Calcutta medical institutions reports 1879-81 [i.e.91]
Year: 1879
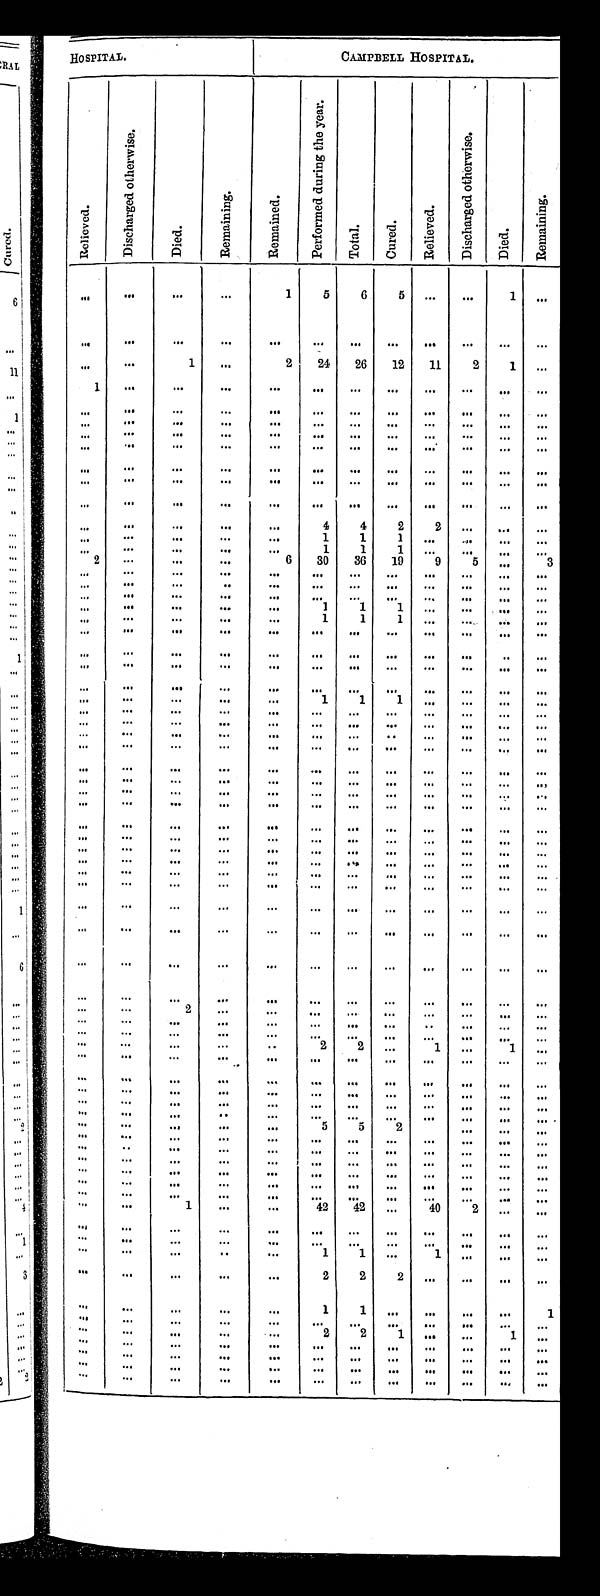
HOSPITAL.
CAMPBELL HOSPITAL.
Rel i eved. .
D i s c h a r g e d o t h e r w i s e .
D i e d .
R e m a i n i n g .
R e m a i n e d .
P e r f o r m e d d u r i n g t h e y e a r .
T o t a l .
C u r e d .
R e l i e v e d .
D i s c h a r g e d o t h e r w i s e .
D i e d .
R e m a i n i n g .
. . .
. . .
. . .
. . .
1
5
6
5
. . .
. . .
1
. . .
. . .
. . .
. . .
. . .
. . .
. . .
. . .. . .
. . .
. . .
. . .
. . .
. . .
. . .
1
. . .
2
24
26
12
11
2
1
. . .
1
. . .
. . .
. . .
. . .
. . .
. . .
. . .
. . .
. . .
. . .
. . .
. . .
. . .
. . .
. . .
. . .
. . .
. . .
. . .. . .
. . .
. . .
. . .
. . .
. . .
. . .
. . .
. . .
. . .
. . .
. . .
. . .
. . .
. . .
. . .
. . .
. . .
. . .
. . .
. . .
. . .
. . .. . .
. . .
. . .
. . .
. . .
. . .
. . .
. . .
. . .
. . .
. . .
. . .. . .
. . .
. . .
. . .
. . .
. . .
. . .
. . .
. . .
. . .
. . .
. . .. . .
. . .
. . .
. . .
. . .
. . .
. . .
. . .
. . .
. . .
. . .
. . .. . .
. . .
. . .
. . .
. . .
. . .
. . .
. . .
. . .
. . .
. . .
. . .. . .
. . .
. . .
. . .
. . .
. . .
. . .
. . .
. . .
. . .
4
4
2
2
. . .
. . .
. . .
. . .
. . .
. . .
. . .
. . .
1
1
1 . . .
. . .
. . .
. . .
. . .
. . .
. . .
. . .
. . .
1
1
1
. . .
. . .
. . .
. . .
2
. . .
. . .
. . .
6
30
36
1 9 9
5
. . .
3
. . .
. . .
. . .
. . .
. . .
. . .
. . .
. . .
. . .
. . .
. . .
. . .
. . .
. . .
. . .
. . .
. . .
. . .
. . .
. . .
. . .
. . .
. . .
. . .
. . .
. . .
. . .
. . .
. . .
. . .
. . .. . .
. . . . . .
. . .
. . .
. . .
. . .
. . .
. . .
. . .
1
1
1
. . . . . .
. . .
. . .
. . .
. . .
. . .
. . .
. . .
1
1
1
. . . . . .
. . .
. . .
. . . . . .
. . .
. . .
. . .
. . .
. . .. . .
. . . . . .
. . .
. . .
. . .
. . .
. . .
. . .
. . .
. . .
. . .. . .
. . . . . .
. . .
. . .
. . . . . .
. . .
. . .
. . .
. . .
. . .. . .
. . . . . .
. . .. . .
. . .
. . .
. . .
. . .
. . .
. . .
. . .
. . .
. . .
. . .
. . .
. . .
. . .
. . .
. . .
. . .
. . .
1
1
1
. . .
. . .
. . .
. . .
. . . . . .
. . .
. . .
. . .
. . .
. . .
. . .
. . .
. . .
. . .
. . .
. . . . . .
. . .
. . .
. . .
. . .
. . .
. . .
. . .
. . .
. . .
. . .
. . . . . .
. . .
. . .
. . .
. . .
. . .
. . .
. . .
. . .
. . .
. . .
. . .
. . .
. . .
. . .
. . .
. . .
. . .
. . .
. . .
. . .
. . .
. . .
. . . . . .
. . .
. . .
. . .
. . .
. . .
. . .
. . .
. . .
. . .
. . .
. . . . . .
. . .
. . .
. . .
. . .
. . .
. . .
. . .
. . .
. . .
. . .
. . . . . .
. . .
. . .
. . .
. . .
. . .
. . .
. . .
. . .
. . .
. . .
. . .
. . .
. . .
. . .
. . .
. . .
. . .
. . .
. . .
. . .
. . .
. . .
. . .
. . .
. . .
. . .
. . .
. . .
. . .
. . .
. . .
. . .
. . .
. . .
. . . . . .
. . .
. . .
. . .
. . .
. . .
. . .
. . .
. . .
. . .
. . .
. . .
. . .
. . .
. . .
. . .
. . .
. . .
. . .
. . .
. . .
. . .
. . .
. . .
. . .
. . .
. . .
. . .
. . .
. . .
. . .
. . .
. . .
. . .
. . .
. . . . . .
. . .
. . .
. . .
. . .
. . .
. . .
. . .
. . .
. . .
. . .
. . . . . .
. . .
. . .
. . .
. . .
. . .
. . .
. . .
. . .
. . .
. . .
. . . . . .
. . .
. . .
. . .
. . .
. . .
. . .
. . .
. . .
. . .
. . .
. . .
. . .
. . .
. . .
. . .
. . .
. . .
. . .
. . .
. . .
. . .
. . .
. . .
. . .
. . .
. . .
. . .
. . .
. . .
. . .
. . .
. . .
. . .
. . .
. . .
. . .
. . .
. . .
. . .
. . .
. . .
. . .
. . .
. . .
. . .
. . .
. . .
. . .
2
. . .
. . .
. . .
. . .
. . .
. . .
. . .
. . .
. . .
. . .
. . .
. . .
. . .
. . .
. . .
. . .
. . .
. . .
. . .
. . .
. . .
. . .
. . .
. . .
. . .
. . .
. . .
. . .
. . .
. . .
. . .
. . .
. . .
. . .
. . .
. . .
. . .
. . .
2
2
. . .
1
. . .
1
. . .
. . .
. . .
. . .
. . .
. . .
. . .
. . .
. . .
. . .
. . .. . .
. . .
. . .
. . .
. . .
. . .
. . .
. . .
. . .
. . .
. . .
. . .. . .
. . .
. . .
. . .
. . .
. . .
. . .
. . .
. . .
. . .
. . .
. . .
. . .
. . .
. . .
. . .
. . .
. . .
. . .
. . .
. . .
. . .
. . .
. . .
. . .
. . .
. . .
. . .
. . .
. . .
. . .
. . .
. . .
. . .
. . .
. . .
. . .
. . .
. . .
. . .
. . .
. . .
. . .
5
5
2
. . .
. . .
. . .
. . .
. . . . . .
. . .
. . .
. . .
. . .
. . .
. . .
. . .
. . .
. . .
. . .
. . .
. . .
. . .
. . .
. . .
. . .
. . .
. . .
. . .
. . .
. . .
. . .
. . .
. . .
. . .
. . .
. . .
. . .
. . .
. . .
. . .
. . .
. . .
. . .
. . . . . .
. . .
. . .
. . .
. . .
. . .
. . .
. . .
. . .
. . .
. . .
. . . . . .
. . .
. . .
. . .
. . .
. . .. . .
. . .
. . .
. . .
. . .
. . . . . .
. . .
. . .
. . .
. . .
. . .. . .
. . .
. . .
. . .
. . .
. . .
. . .
1
. . .
. . .
42
42
. . .
40
2
. . .
. . .
. . .
. . .
. . .
. . .
. . .
. . .
. . .
. . .
. . .
. . .
. . .
. . .
. . .
. . .
. . .
. . .
. . .
. . .
. . .
. . .
. . .
. . .
. . .
. . .
. . .
. . .
. . .
. . .
. . .
1
1
. . .
1
. . .
. . .
. . .
. . .
. . .
. . .
. . .
. . .
2
2
2
. . .
. . .
. . .
. . .
. . .
. . .
. . .
. . .
1
1
. . .
. . .
. . .
. . .
1
. . .
. . .
. . .
. . .
. . .
. . .
. . .
. . .
. . .
. . .
. . .
. . .
. . .
. . .
. . .
. . .
. . .
2
2
1
. . .
. . .
1
. . .
. . .
. . .
. . .
. . .
. . .
. . .
. . .
. . .
. . .
. . .. . .
. . .
. . .
. . .
. . .
. . .
. . .
. . .
. . .
. . .
. . .
. . . . . .
. . .
. . .
. . .
. . .
. . .
. . .
. . .
. . .
. . .
. . .
. . .. . .
. . .
. . .
. . .
. . .
. . .
. . .
. . .
. . .
. . .
. . .
. . .
. . .
. . .